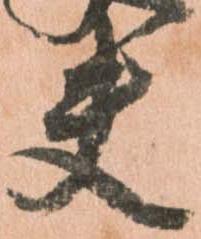
夫